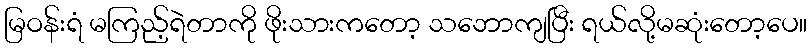
မြဝန်းရံ မကြည့်ရဲတာကို ဖိုးသားကတော့ သဘောကျပြီး ရယ်လို့မဆုံးတော့ပေ။